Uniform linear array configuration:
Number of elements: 64
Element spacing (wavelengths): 0.75
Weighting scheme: uniform
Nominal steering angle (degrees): -60
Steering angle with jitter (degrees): -61.969
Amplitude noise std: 0.05
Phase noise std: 0.05

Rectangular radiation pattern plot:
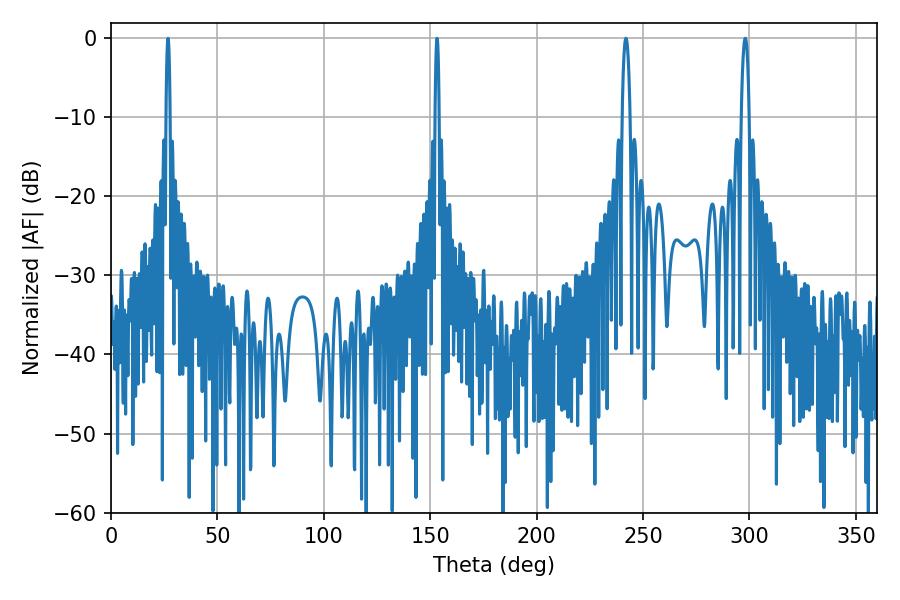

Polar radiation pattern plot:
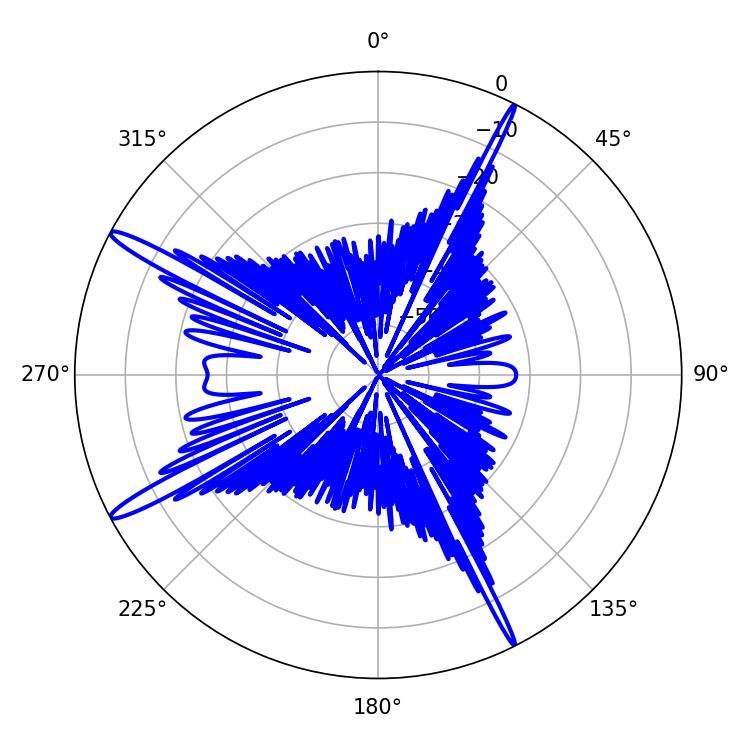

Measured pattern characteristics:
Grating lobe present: TRUE
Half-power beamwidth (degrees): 1.98
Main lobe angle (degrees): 241.92